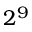
2 ^ { 9 }